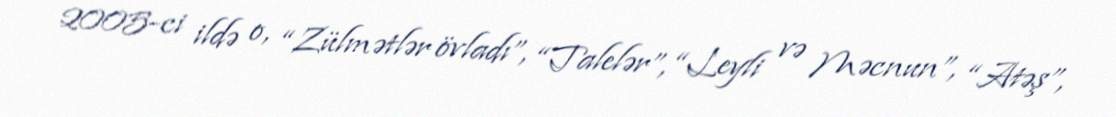
2005-ci ildə o, “Zülmətlər övladı”, “Talelər”, “Leyli və Məcnun”, “Atəş”,